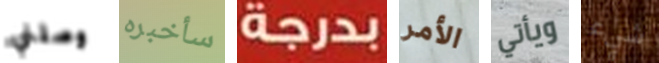
وصلني سأخبره بدرجة الأمر ويأتي شيء